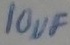
Text: 100µF